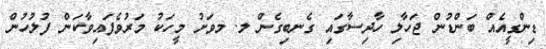
ޑިންގީއެއް ބަންޑުން ޖަހާލި ހާދިސާގައި ގެނބިގެން ލ. މވަށު މީހަކު މަރުވެފައިވާކަން ފުލުހުން